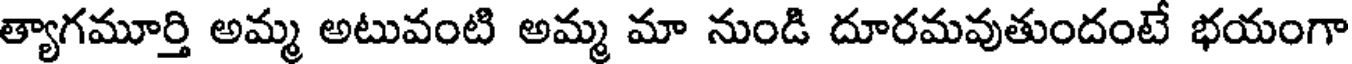
త్యాగమూర్తి అమ్మ అటువంటి అమ్మ మా నుండి దూరమవుతుందంటే భయంగా